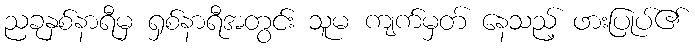
ညခုနှစ်နာရီမှ ရှစ်နာရီအတွင်း သူမ ကျက်မှတ် နေသည့် ဖားပြုပ်၏